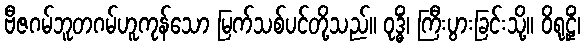
ဗီဇဂမ်ဘူတဂမ်ဟူကုန်သော မြက်သစ်ပင်တို့သည်။ ဝုဒ္ဓိံ၊ ကြီးပွားခြင်းသို့။ ဝိရုဠှိံ၊